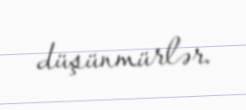
düşünmürlər.